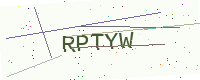
Text: RPTYW